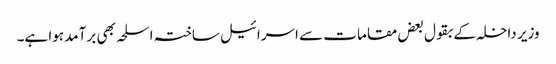
وزیر داخلہ کے بقول بعض مقامات سے اسرائیل ساختہ اسلحہ بھی برآمد ہوا ہے۔